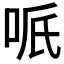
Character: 𠲐